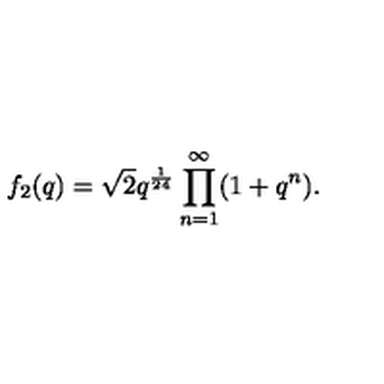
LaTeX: f _ { 2 } ( q ) = \sqrt { 2 } q ^ { \frac { 1 } { 2 4 } } \prod _ { n = 1 } ^ { \infty } ( 1 + q ^ { n } ) .